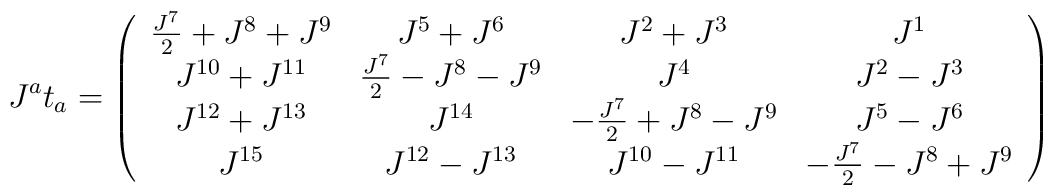
J^{a}t_{a}=\left( \begin{array}{cccc}\frac{J^{7}}{2}+J^{8}+J^{9} & J^{5}+J^{6} & J^{2}+J^{3} & J^{1} \\ J^{10}+J^{11} & \frac{J^{7}}{2}-J^{8}-J^{9} & J^{4} & J^{2}-J^{3} \\ J^{12}+J^{13} & J^{14} & -\frac{J^{7}}{2}+J^{8}-J^{9} & J^{5}-J^{6} \\ J^{15} & J^{12}-J^{13} & J^{10}-J^{11} & -\frac{J^{7}}{2}-J^{8}+J^{9}\end{array}\right)